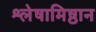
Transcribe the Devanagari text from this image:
श्लेषामिष्ठान